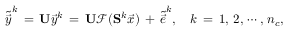
\tilde { \vec { y } } ^ { k } \, = \, \mathbf { U } \vec { y } ^ { k } \, = \, \mathbf { U } \mathcal { F } ( \mathbf { S } ^ { k } \vec { x } ) \, + \, \tilde { \vec { e } } ^ { k } , \quad k \, = \, 1 , \, 2 , \, \cdots , \, n _ { c } ,